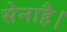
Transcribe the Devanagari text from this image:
सेनाहै।